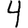
Digit: 4